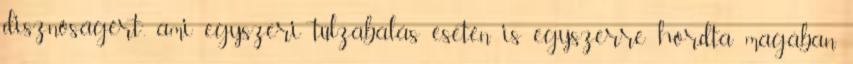
disznóságért”, ami egyszeri túlza­bálás esetén is egyszerre hordta magában